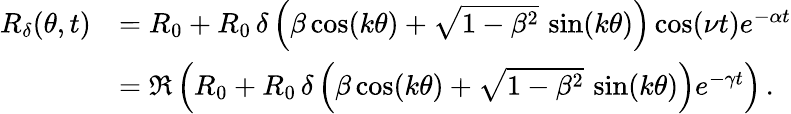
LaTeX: \begin{array}{rl}{R_{\delta}(\theta,t)}&{=R_{0}+R_{0}\, \delta\left(\beta\cos(k\theta)+\sqrt{1-\beta^{2}}\, \sin(k\theta)\right)\cos(\nu t)e^{-\alpha t}}\\ &{=\Re\left(R_{0}+R_{0}\, \delta\left(\beta\cos(k\theta)+\sqrt{1-\beta^{2}}\, \sin(k\theta)\right)e^{-\gamma t}\right)\, .}\end{array}